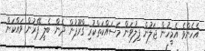
އެހެންވެ އެމީހުން ޖަލުން ފިލުވަން މަސައްކަތްކުރި ގްރޫޕުން ދެން ބެލީ ފޭރުން ވައްކަން